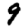
Digit: 9